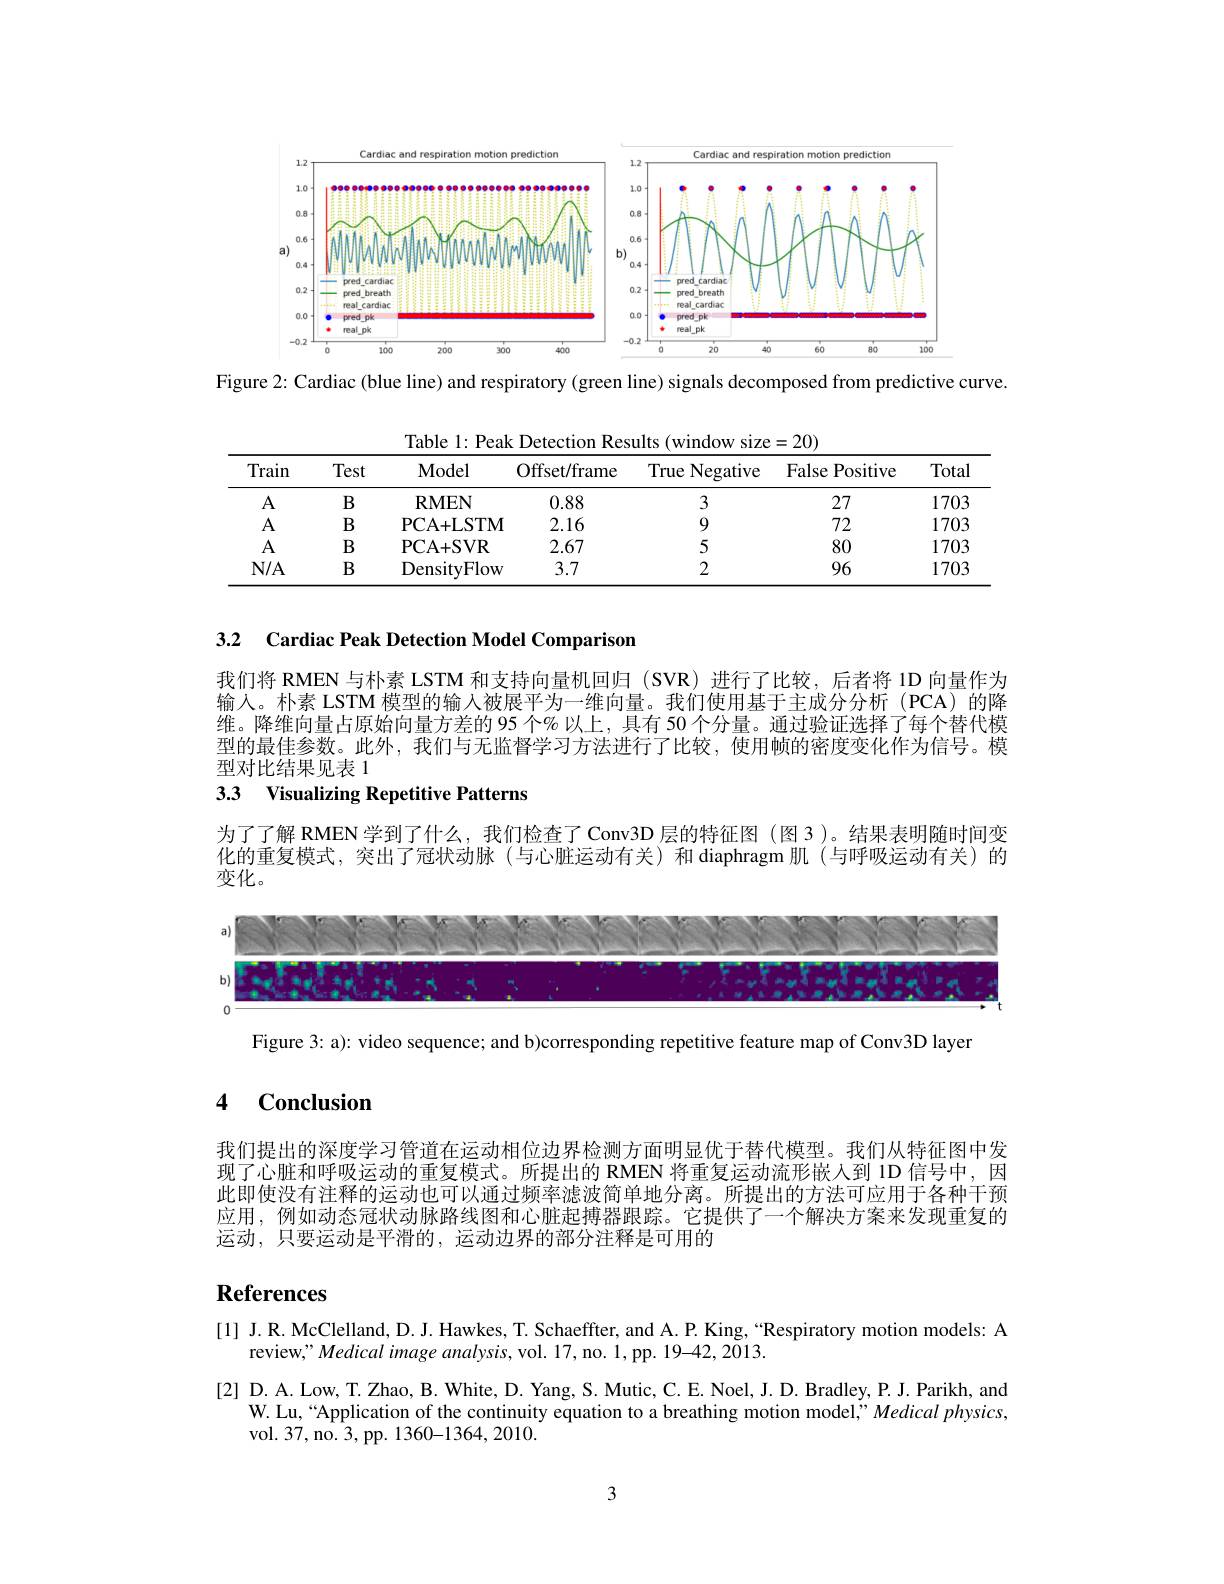
<FigureHere>
Figure 2: Cardiac (blue line) and respiratory (green line) signals decomposed from predictive curve.

Table 1: Peak Detection Results (window size=20)
<table>
	<tbody>
		<tr>
			<th>Train</th>
			<th>Test</th>
			<th>$\mathbf{Model}$</th>
			<th>Offset/frame</th>
			<th>True Negative ·</th>
			<th>False Positive</th>
			<th>Total</th>
		</tr>
		<tr>
			<td>A</td>
			<td>$B$</td>
			<td>$\mathbf{RMEN}$</td>
			<td>0.88</td>
			<td>3</td>
			<td>27</td>
			<td>1703</td>
		</tr>
		<tr>
			<td>A</td>
			<td>$B$</td>
			<td>PCA+ LSTM</td>
			<td>2.16</td>
			<td>9</td>
			<td>72</td>
			<td>1703</td>
		</tr>
		<tr>
			<td>$A$</td>
			<td>$B$</td>
			<td>PCA+ SVR</td>
			<td>2.67</td>
			<td>5</td>
			<td>80</td>
			<td>1703</td>
		</tr>
		<tr>
			<td>$N/A$</td>
			<td>$B$</td>
			<td>DensityFlow</td>
			<td>3.7</td>
			<td>2</td>
			<td>96</td>
			<td>1703</td>
		</tr>
	</tbody>
</table>

3.2 Cardiac Peak Detection Model Comparison

我们将 RMEN 与朴素 LSTM 和支持向量机回归 (SVR) 进行了比较，后者将 1D 向量作为输入。朴素 LSTM 模型的输入被展平为一维向量。我们使用基于主成分分析(PCA)的降维。降维向量占原始向量方差的 95 个% 以上，具有 50 个分量。通过验证选择了每个替代模型的最佳参数。此外，我们与无监督学习方法进行了比较，使用帧的密度变化作为信号。模型对比结果见表 1

3.3 Visualizing Repetitive Patterns

为了了解 RMEN 学到了什么，我们检查了 Conv3D 层的特征图 (图 3 )。结果表明随时间变化的重复模式，突出了冠状动脉(与心脏运动有关)和 diaphragm 肌(与呼吸运动有关)的变化。

<FigureHere>

Figure 3: a): video sequence; and b)corresponding repetitive feature map of Conv3D layer

## 4 $\mathbf{Conclusion}$

我们提出的深度学习管道在运动相位边界检测方面明显优于替代模型。我们从特征图中发现了心脏和呼吸运动的重复模式。所提出的 RMEN 将重复运动流形嵌人到 1D 信号中，因此即使没有注释的运动也可以通过频率滤波简单地分离。所提出的方法可应用于各种干预应用，例如动态冠状动脉路线图和心脏起搏器跟踪。它提供了一个解决方案来发现重复的运动，只要运动是平滑的，运动边界的部分注释是可用的

# References

[1] J.R. McClelland, D. J. Hawkes, T. Schaeffter, and A. P. King, “Respiratory motion models: A
review," Medical image analysis, vol. 17, no. 1, pp. 19-42, 2013.
[2] D.A. Low, T. Zhao, B. White, D. Yang, S. Mutic, C. E. Noel, J. D. Bradley, P. J. Parikh, and
W. Lu,“Application of the continuity equation to a breathing motion model" Medical physics,
vol. 37, no. 3, pp. 1360-1364, 2010.

3